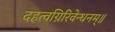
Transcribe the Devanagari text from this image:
दहत्वग्निरिवेन्धनम्॥